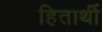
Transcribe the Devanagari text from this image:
हितार्थी